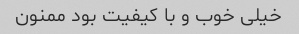
خیلی خوب و با کیفیت بود ممنون